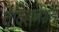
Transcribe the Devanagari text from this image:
वेक्सिनेशन